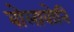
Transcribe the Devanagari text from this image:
बोलावोनि